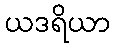
ယဒရိယာ